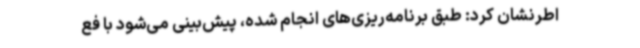
اطرنشان کرد: طبق برنامه‌ریزی‌های انجام شده، پیش‌بینی می‌شود با فع